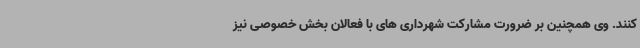
کنند. وی همچنین بر ضرورت مشارکت شهرداری های با فعالان بخش خصوصی نیز